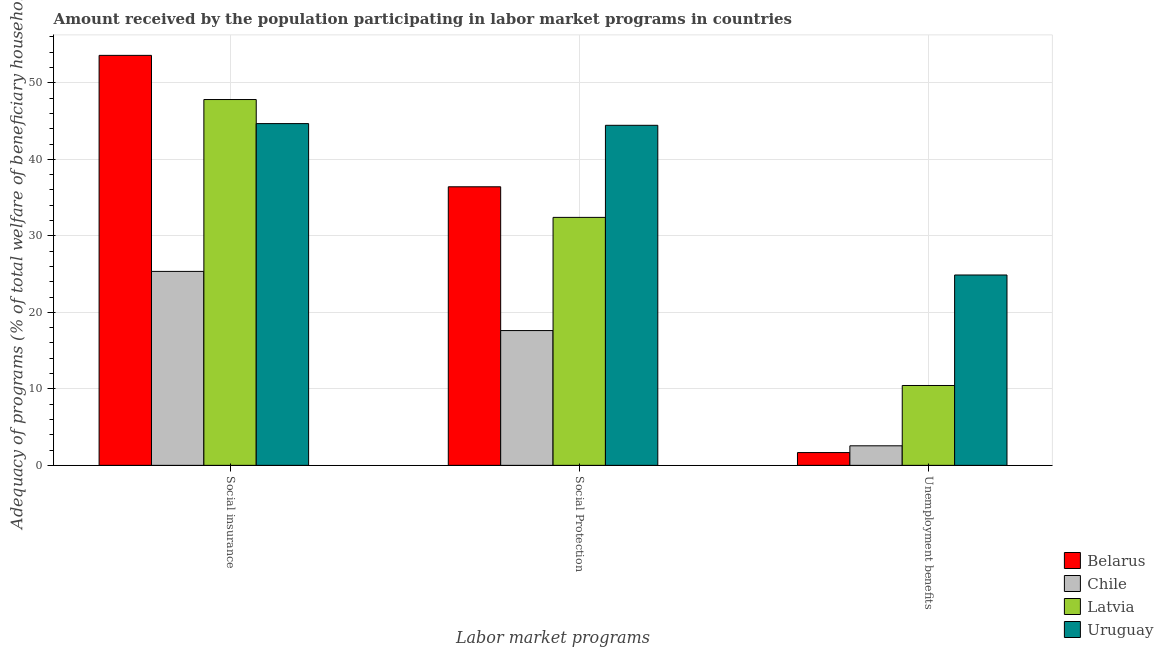
| Labor market programs | Belarus | Chile | Latvia | Uruguay |
 | --- | --- | --- | --- | --- |
 | Social insurance | 53.6 | 25.4 | 47.8 | 44.7 |
 | Social Protection | 36.4 | 17.6 | 32.4 | 44.5 |
 | Unemployment benefits | 1.67 | 2.55 | 10.4 | 24.9 |